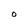
Character: O